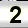
Digit: 2